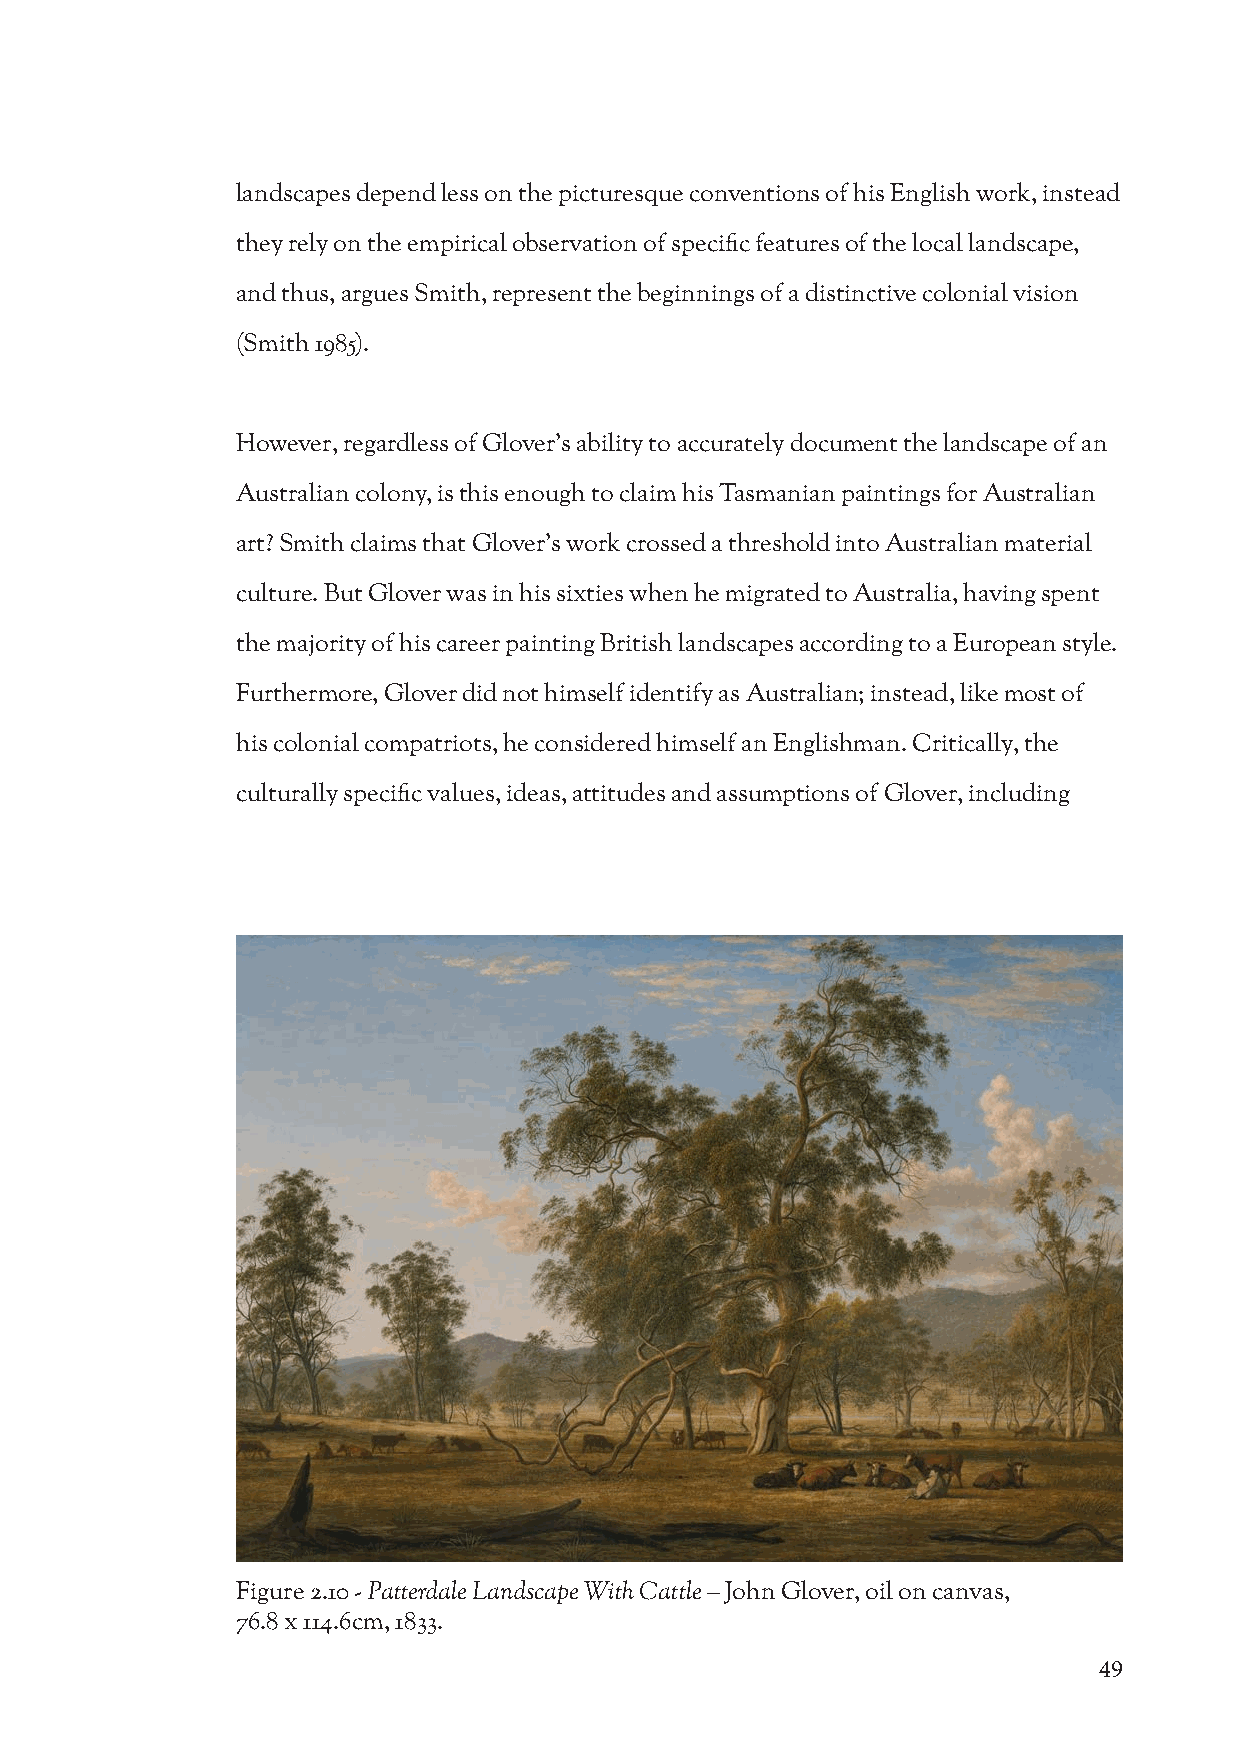
landscapes depend less on the picturesque conventions of his English work, instead
 they rely on the empirical observation of specific features of the local landscape,
 and thus, argues Smith, represent the beginnings of a distinctive colonial vision
 (Smith 1985).
 However, regardless of Glover’s ability to accurately document the landscape of an
 Australian colony, is this enough to claim his Tasmanian paintings for Australian
 art? Smith claims that Glover’s work crossed a threshold into Australian material
 culture. But Glover was in his sixties when he migrated to Australia, having spent
 the majority of his career painting British landscapes according to a European style.
 Furthermore, Glover did not himself identify as Australian; instead, like most of
 his colonial compatriots, he considered himself an Englishman. Critically, the
 culturally specific values, ideas, attitudes and assumptions of Glover, including
 Figure 2.10 - Patterdale Landscape With Cattle – John Glover, oil on canvas,
 76.8 x 114.6cm, 1833.
 49